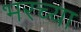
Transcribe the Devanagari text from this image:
भरच्या